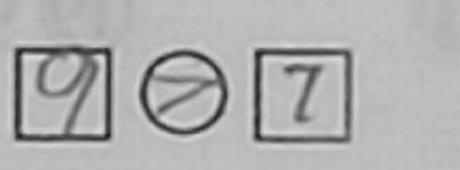
\boxed { 9 } \textcircled { > } \boxed { 7 }